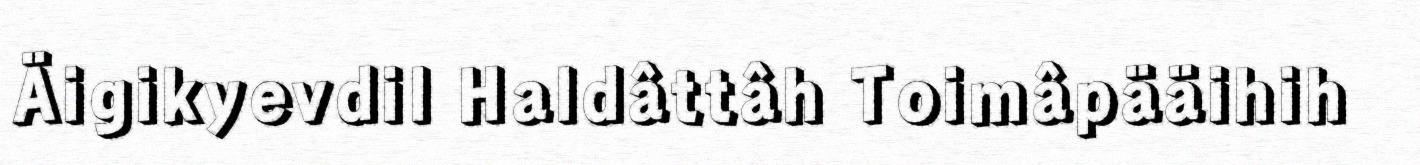
Äigikyevdil Haldâttâh Toimâpääihih